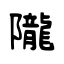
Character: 隴